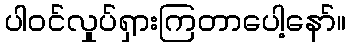
ပါဝင်လှုပ်ရှားကြတာပေါ့နော်။